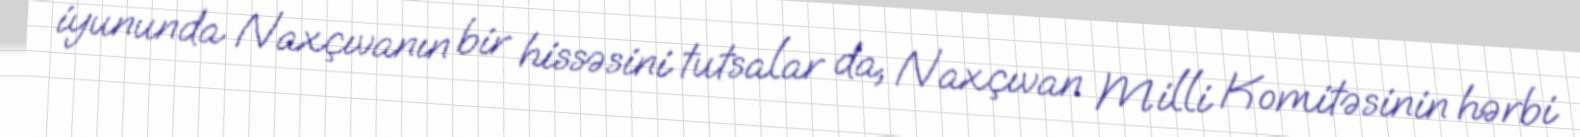
iyununda Naxçıvanın bir hissəsini tutsalar da, Naxçıvan Milli Komitəsinin hərbi